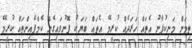
ތިމަން މަނިކުފާނު އެތައް ޚަރަދެއް ކުރީމޭ އެތައް ބަޔަކު ފޮނުވައިގެން ކެމްޕެއިންތައް ކުރީމޭ